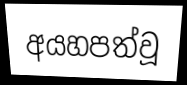
අයහපත්වූ